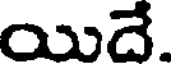
యిదే.